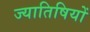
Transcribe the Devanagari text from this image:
ज्यातिषियों